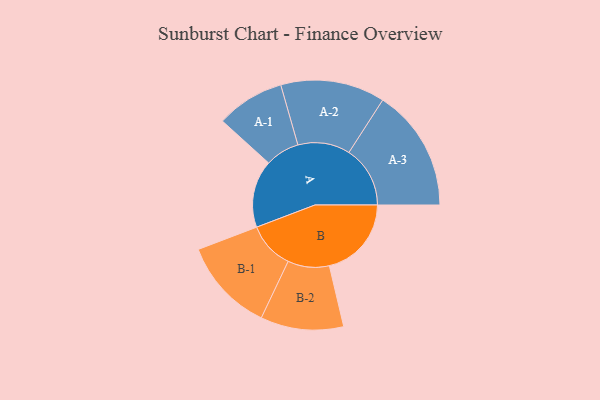
{"axis": {"x": "Segment", "y": "Value"}, "legend": ["", "A", "B"], "data": [{"x": "A", "y": 239, "type": ""}, {"x": "B", "y": 291, "type": ""}, {"x": "A-1", "y": 121, "type": "A"}, {"x": "A-2", "y": 185, "type": "A"}, {"x": "A-3", "y": 217, "type": "A"}, {"x": "B-1", "y": 166, "type": "B"}, {"x": "B-2", "y": 147, "type": "B"}]}